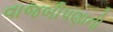
વાજબીપણાનો